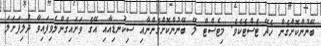
ބޭނުންކޮށްގެން ހެދޭ ޓެސްޓެކެވެ. މިޓެސްޓް ލޭ ބޭނުންކޮށްގެންނާއި ސިކުނޑިއާއި އޭގެ ވަށައިގެންލެވިފައިވާ ދުލިފަށަލަ